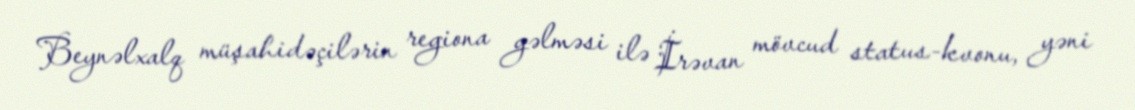
Beynəlxalq müşahidəçilərin regiona gəlməsi ilə İrəvan mövcud status-kvonu, yəni